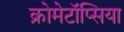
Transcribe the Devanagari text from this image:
क्रोमेटॉप्सिया